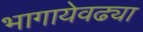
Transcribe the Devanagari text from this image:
भागायेवढ्या